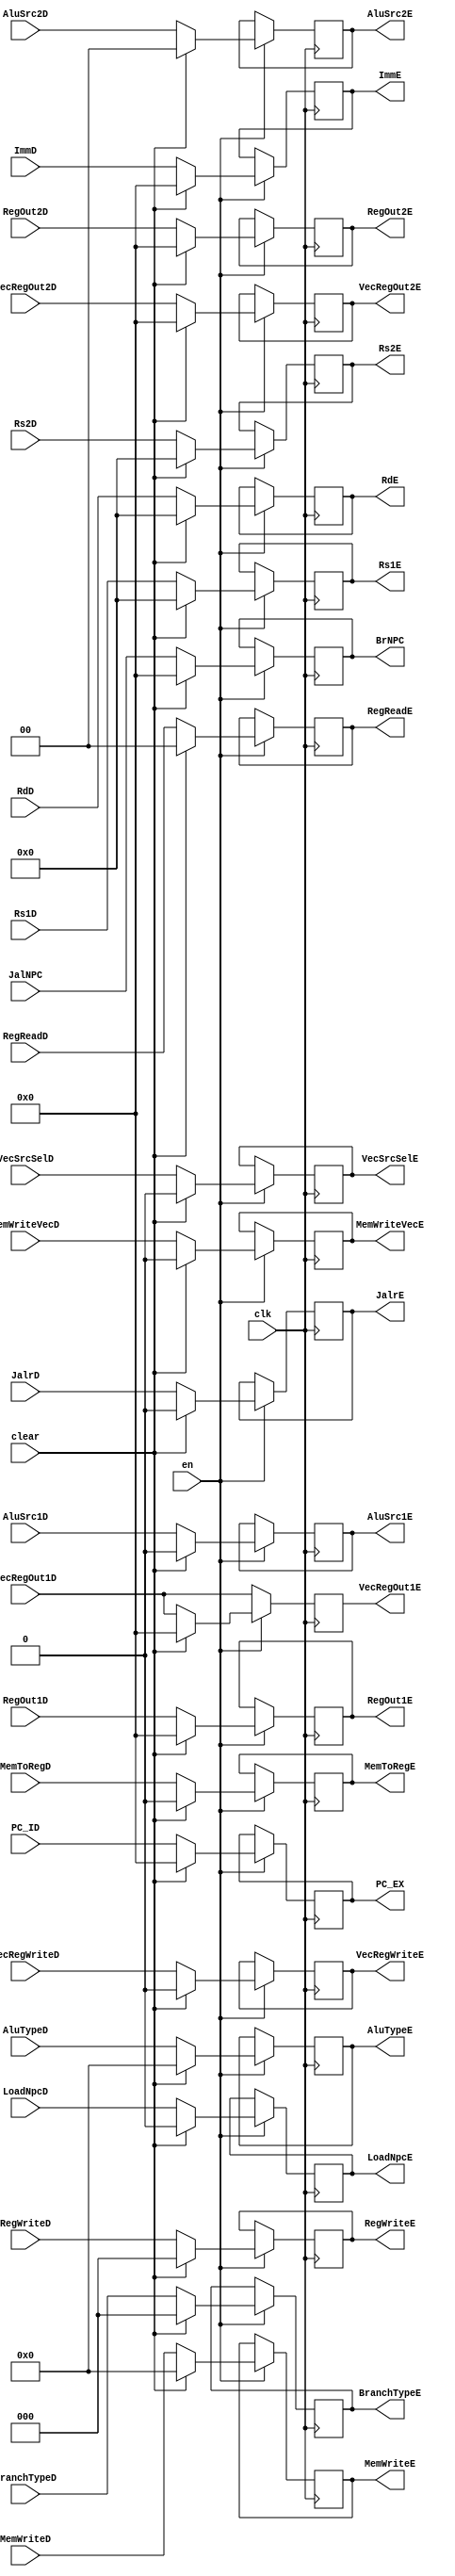
module IDEXreg (
    input clk,
    input en,
    input clear,
    input [31:0] PC_ID,
    input [31:0] JalNPC,
    input [31:0] ImmD,
    input [4:0] RdD,
    input [4:0] Rs1D,
    input [4:0] Rs2D,
    input [31:0] RegOut1D,
    input [31:0] RegOut2D,
    input [31:0] VecRegOut1D,
    input [31:0] VecRegOut2D,
    input JalrD,
    input [2:0] RegWriteD,
    input MemToRegD,
    input [3:0] MemWriteD,
    input LoadNpcD,
    input [1:0] RegReadD,
    input [2:0] BranchTypeD,
    input [3:0] AluTypeD,
    input AluSrc1D,
    input [1:0] AluSrc2D,
    input VecSrcSelD,
    input VecRegWriteD,
    input MemWriteVecD,

    output reg [31:0] PC_EX,
    output reg [31:0] BrNPC,
    output reg [31:0] ImmE,
    output reg [4:0] RdE,
    output reg [4:0] Rs1E,
    output reg [4:0] Rs2E,
    output reg [31:0] RegOut1E,
    output reg [31:0] RegOut2E,
    output reg [31:0] VecRegOut1E,
    output reg [31:0] VecRegOut2E,
    output reg JalrE,
    output reg [2:0] RegWriteE,
    output reg MemToRegE,
    output reg [3:0] MemWriteE,
    output reg LoadNpcE,
    output reg [1:0] RegReadE,
    output reg [2:0] BranchTypeE,
    output reg [3:0] AluTypeE,
    output reg AluSrc1E,
    output reg [1:0] AluSrc2E,
    output reg VecSrcSelE,
    output reg VecRegWriteE,
    output reg MemWriteVecE
);


    always @(posedge clk) begin
        if (en)
            if (clear) begin
                PC_EX <= 32'b0;
                BrNPC <= 32'b0;
                ImmE <= 32'b0;
                RdE <= 32'b0;
                Rs1E <= 5'b0;
                Rs2E <= 5'b0;
                RegOut1E <= 32'b0;
                RegOut2E <= 32'b0;
                VecRegOut1E <= 32'b0;
                VecRegOut2E <= 32'b0;
                JalrE <= 1'b0;
                RegWriteE <= 1'b0;
                MemToRegE <= 1'b0;
                MemWriteE <= 1'b0;
                LoadNpcE <= 1'b0;
                RegReadE <= 2'b00;
                BranchTypeE <= 3'b0;
                AluTypeE <= 5'b0;
                AluSrc1E <= 1'b0;
                AluSrc2E <= 2'b0;
                VecSrcSelE <= 1'b0;
                VecRegWriteE <= 1'b0;
                MemWriteVecE <= 1'b0;
            end
            else begin
                PC_EX <= PC_ID;
                BrNPC <= JalNPC;
                ImmE <= ImmD;
                RdE <= RdD;
                Rs1E <= Rs1D;
                Rs2E <= Rs2D;
                RegOut1E <= RegOut1D;
                RegOut2E <= RegOut2D;
                VecRegOut1E <= VecRegOut1D;
                VecRegOut2E <= VecRegOut2D;
                JalrE <= JalrD;
                RegWriteE <= RegWriteD;
                MemToRegE <= MemToRegD;
                MemWriteE <= MemWriteD;
                LoadNpcE <= LoadNpcD;
                RegReadE <= RegReadD;
                BranchTypeE <= BranchTypeD;
                AluTypeE <= AluTypeD;
                AluSrc1E <= AluSrc1D;
                AluSrc2E <= AluSrc2D;
                VecSrcSelE <= VecSrcSelD;
                VecRegWriteE <= VecRegWriteD;
                MemWriteVecE <= MemWriteVecD;
            end
        else begin
            PC_EX <= PC_EX;
            BrNPC <= BrNPC;
            ImmE <= ImmE;
            RdE <= RdE;
            Rs1E <= Rs1E;
            Rs2E <= Rs2E;
            RegOut1E <= RegOut1E;
            RegOut2E <= RegOut2E;
            VecRegOut1E <= VecRegOut1D;
            VecRegOut2E <= VecRegOut2E;
            JalrE <= JalrE;
            RegWriteE <= RegWriteE;
            MemToRegE <= MemToRegE;
            MemWriteE <= MemWriteE;
            LoadNpcE <= LoadNpcE;
            RegReadE <= RegReadE;
            BranchTypeE <= BranchTypeE;
            AluTypeE <= AluTypeE;
            AluSrc1E <= AluSrc1E;
            AluSrc2E <= AluSrc2E;
            VecSrcSelE <= VecSrcSelE;
            VecRegWriteE <= VecRegWriteE;
            MemWriteVecE <= MemWriteVecE;
        end
    end

endmodule